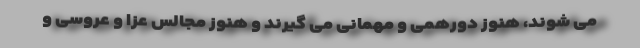
می شوند، هنوز دورهمی و مهمانی می گیرند و هنوز مجالس عزا و عروسی و